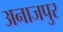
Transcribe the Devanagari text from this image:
अनाजपुर